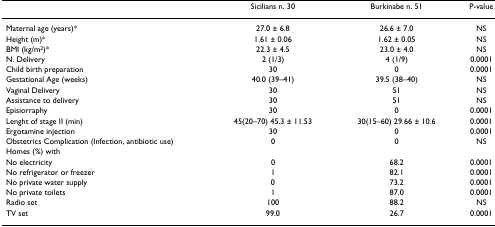
<table><thead><tr><td></td><td><b>Sicilians n. 30</b></td><td><b>Burkinabe n. 51</b></td><td><b>P-value</b></td></tr></thead><tbody><tr><td>Maternal age (years)*</td><td>27.0 ± 6.8</td><td>26.6 ± 7.0</td><td>NS</td></tr><tr><td>Height (m)*</td><td>1.61 ± 0.06</td><td>1.62 ± 0.05</td><td>NS</td></tr><tr><td>BMI (kg/m<sup>2</sup>)*</td><td>22.3 ± 4.5</td><td>23.0 ± 4.0</td><td>NS</td></tr><tr><td>N. Delivery</td><td>2 (1/3)</td><td>4 (1/9)</td><td>0.0001</td></tr><tr><td>Child birth preparation</td><td>30</td><td>0</td><td>0.0001</td></tr><tr><td>Gestational Age (weeks)</td><td>40.0 (39–41)</td><td>39.5 (38–40)</td><td>NS</td></tr><tr><td>Vaginal Delivery</td><td>30</td><td>51</td><td>NS</td></tr><tr><td>Assistance to delivery</td><td>30</td><td>51</td><td>NS</td></tr><tr><td>Episiorraphy</td><td>30</td><td>0</td><td>0.0001</td></tr><tr><td>Lenght of stage II (min)</td><td>45(20–70) 45.3 ± 11.53</td><td>30(15–60) 29.66 ± 10.6</td><td>0.0001</td></tr><tr><td>Ergotamine injection</td><td>30</td><td>0</td><td>0.0001</td></tr><tr><td>Obstetrics Complication (Infection, antibiotic use)</td><td>0</td><td>0</td><td>NS</td></tr><tr><td>Homes (%) with</td><td></td><td></td><td></td></tr><tr><td>No electricity</td><td>0</td><td>68.2</td><td>0.0001</td></tr><tr><td>No refrigerator or freezer</td><td>1</td><td>82.1</td><td>0.0001</td></tr><tr><td>No private water supply</td><td>0</td><td>73.2</td><td>0.0001</td></tr><tr><td>No private toilets</td><td>1</td><td>87.0</td><td>0.0001</td></tr><tr><td>Radio set</td><td>100</td><td>88.2</td><td>NS</td></tr><tr><td>TV set</td><td>99.0</td><td>26.7</td><td>0.0001</td></tr></tbody></table>